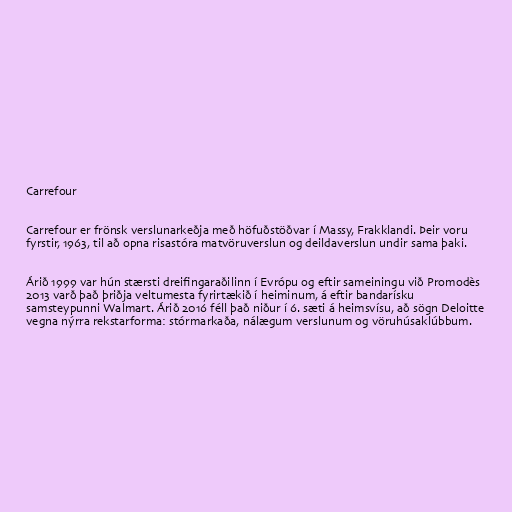
Carrefour

Carrefour er frönsk verslunarkeðja með höfuðstöðvar í Massy, Frakklandi. Þeir voru
fyrstir, 1963, til að opna risastóra matvöruverslun og deildaverslun undir sama þaki.

Árið 1999 var hún stærsti dreifingaraðilinn í Evrópu og eftir sameiningu við Promodès
2013 varð það þriðja veltumesta fyrirtækið í heiminum, á eftir bandarísku
samsteypunni Walmart. Árið 2016 féll það niður í 6. sæti á heimsvísu, að sögn Deloitte
vegna nýrra rekstarforma: stórmarkaða, nálægum verslunum og vöruhúsaklúbbum.